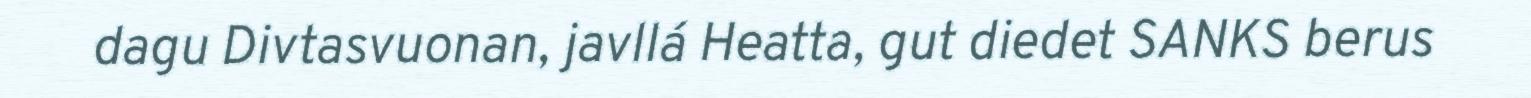
dagu Divtasvuonan, javllá Heatta, gut diedet SANKS berus